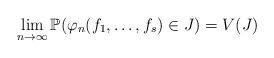
LaTeX: \begin{align*}\lim_{n\to\infty} {\mathbb P}(\varphi_n(f_1,\ldots,f_s)\in J) = V(J) \end{align*}